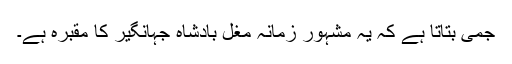
جمی بتاتا ہے کہ یہ مشہورِ زمانہ مغل بادشاہ جہانگیر کا مقبرہ ہے۔